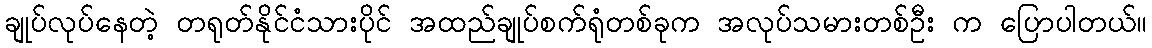
ချုပ်လုပ်နေတဲ့ တရုတ်နိုင်ငံသားပိုင် အထည်ချုပ်စက်ရုံတစ်ခုက အလုပ်သမားတစ်ဦး က ပြောပါတယ်။